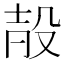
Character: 㱿